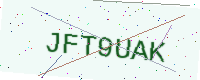
Text: JFT9UAK